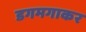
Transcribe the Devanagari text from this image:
डगमगाकर